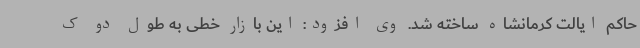
حاکم ایالت کرمانشاه ساخته شد. وی افزود: این بازار خطی به طول دو ک